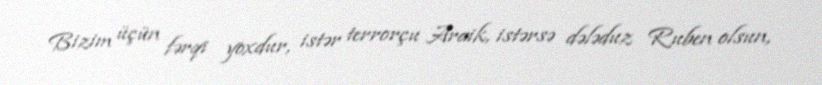
Bizim üçün fərqi yoxdur, istər terrorçu Araik, istərsə dələduz Ruben olsun,